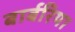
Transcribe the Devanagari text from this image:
बार्बरिया